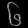
Digit: ၆